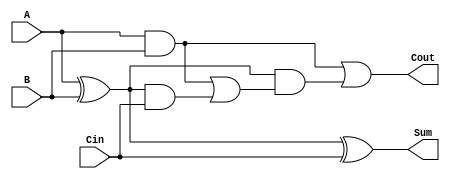
module CarryLookaheadFullAdder (
    input wire A,         // First binary digit
    input wire B,         // Second binary digit
    input wire Cin,       // Carry input from previous stage
    output wire Sum,      // Resultant binary digit
    output wire Cout      // Carry output to next stage
);

    // Internal signals for Propagate and Generate
    wire P;              // Propagate
    wire G;              // Generate
    wire C1;             // Intermediate carry output

    // Logic equations
    assign P = A ^ B;    // Propagate: P = A XOR B
    assign G = A & B;    // Generate: G = A AND B

    // Carry output calculations
    assign C1 = G | (P & Cin); // First carry output: C1 = G OR (P AND Cin)
    assign Cout = G | (P & C1); // Final carry output: Cout = G_next OR (P_next AND C1)

    // Sum calculation
    assign Sum = P ^ Cin; // Sum: Sum = P XOR Cin

endmodule